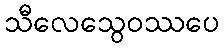
သီလေသွေဝဿပေ